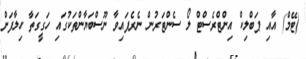
(ޓޭމް) އާއި ޕަބްލިކް އިންޓްރެސްޓް ލޯ ސެންޓަރުން ނެރެފައިވާ ނޫސްބަޔާންތަކުގައި ހަގީގަތާ ހިލާފަށް